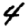
Digit: 4